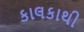
કાલકાથી